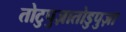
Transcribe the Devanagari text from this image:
तोटुपुज़ातोडुपुज़ा